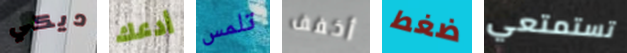
ديكي أدعك تلمس أخفف ضغط تستمتعي